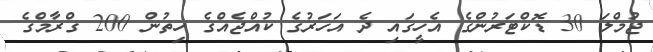
ޖުމްލަ 30 ޑޮކްޓަރުންގެ އެހީގައި ދެ އަހަރުގެ ކުއްޖެއްގެ ހިތުން 200 ގްރާމްގެ